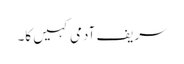
سریف آدمی کہیں کا۔